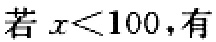
若 \(x<100\)，有